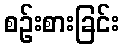
စဉ်းစားခြင်း